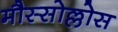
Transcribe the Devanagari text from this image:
मौस्सोल्लोस